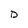
Character: D